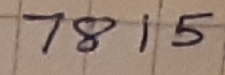
Text: 7815